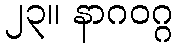
၂၃။ နာဂဝဂ္ဂ